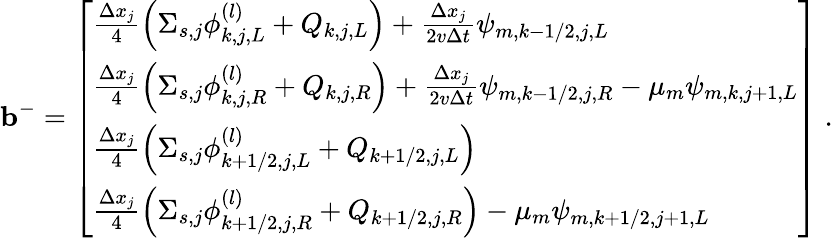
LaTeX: \mathbf{b}^{-}=\left[\begin{array}{l}{\frac{\Delta x_{j}}{4}\left(\Sigma_{s,j}\phi_{k,j,L}^{(l)}+Q_{k,j,L}\right)+\frac{\Delta x_{j}}{2v\Delta t}\psi_{m,k-1/2,j,L}}\\ {\frac{\Delta x_{j}}{4}\left(\Sigma_{s,j}\phi_{k,j,R}^{(l)}+Q_{k,j,R}\right)+\frac{\Delta x_{j}}{2v\Delta t}\psi_{m,k-1/2,j,R}-\mu_{m}\psi_{m,k,j+1,L}}\\ {\frac{\Delta x_{j}}{4}\left(\Sigma_{s,j}\phi_{k+1/2,j,L}^{(l)}+Q_{k+1/2,j,L}\right)}\\ {\frac{\Delta x_{j}}{4}\left(\Sigma_{s,j}\phi_{k+1/2,j,R}^{(l)}+Q_{k+1/2,j,R}\right)-\mu_{m}\psi_{m,k+1/2,j+1,L}}\end{array}\right]\; .